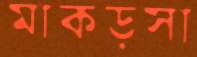
মাকড়সা